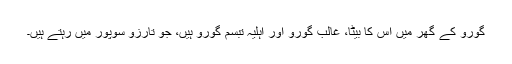
گورو کے گھر میں اُس کا بیٹا، غالب گورو اور اہلیہ تبسم گورو ہیں، جو تارزو سوپور میں رہتے ہیں۔